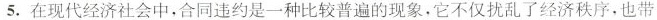
5.在现代经济社会中，合同违约是一种比较普遍的现象。它不仅扰乱了经济秩序，也带